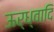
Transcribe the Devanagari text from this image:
ऊर्ध्वादि